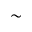
\sim